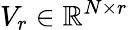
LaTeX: V_{r}\in\mathbb{R}^{N\times{r}}